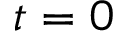
t = 0